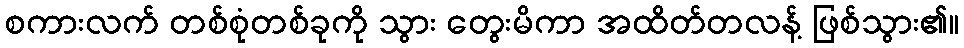
စကားလက် တစ်စုံတစ်ခုကို သွား တွေးမိကာ အထိတ်တလန့် ဖြစ်သွား၏။